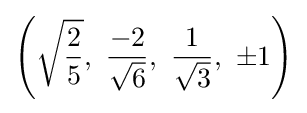
\left({\sqrt {\frac {2}{5}}},\ {\frac {-2}{\sqrt {6}}},\ {\frac {1}{\sqrt {3}}},\ \pm 1\right)